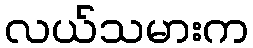
လယ်သမားက